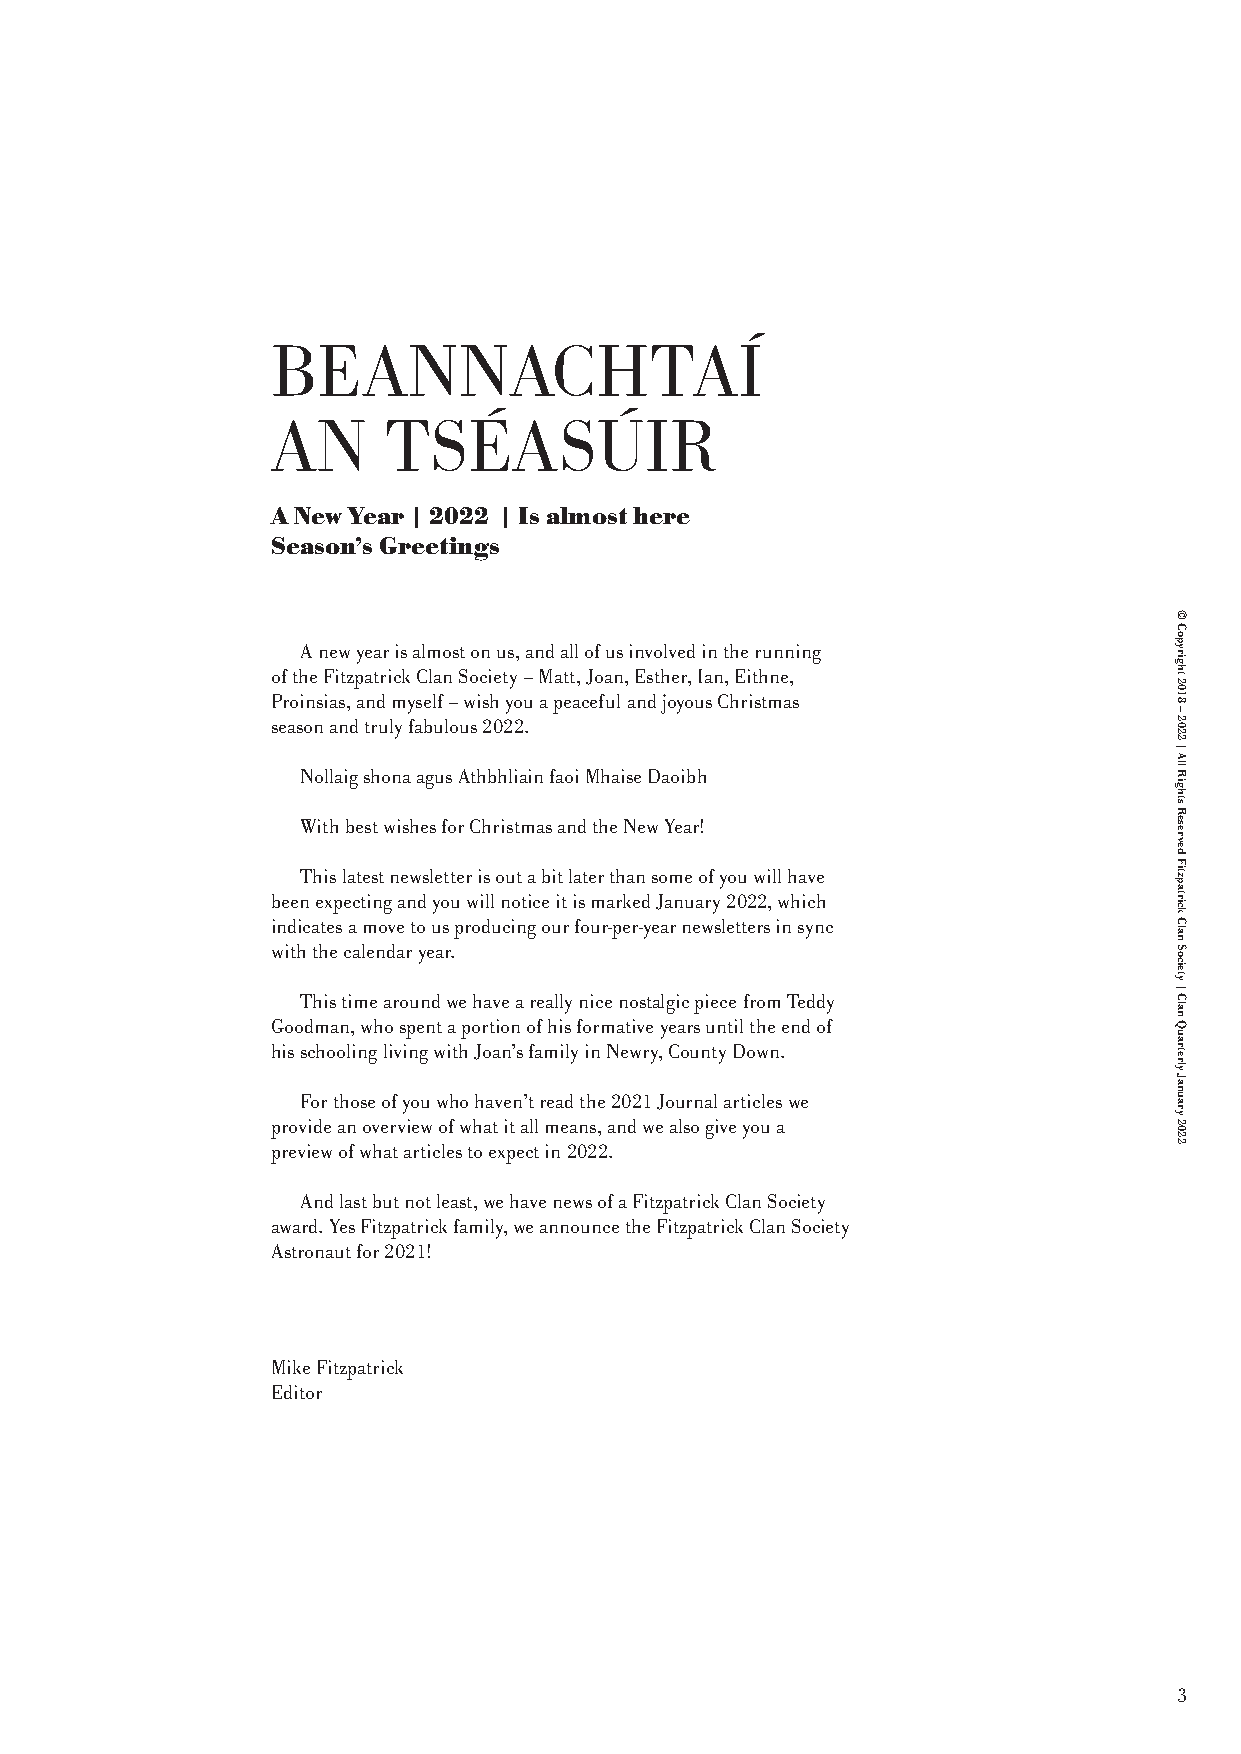
BEANNACHTAÍ
 AN      TSÉASÚIR
 A New Year | 2022 | Is almost here
 Season’s Greetings
 A new year is almost on us, and all of us involved in the running
 of the Fitzpatrick Clan Society – Matt, Joan, Esther, Ian, Eithne,
 Proinsias, and myself – wish you a peaceful and joyous Christmas
 season and truly fabulous 2022.
 Nollaig shona agus Athbhliain faoi Mhaise Daoibh
 With best wishes for Christmas and the New Year!
 This latest newsletter is out a bit later than some of you will have
 been expecting and you will notice it is marked January 2022, which
 indicates a move to us producing our four-per-year newsletters in sync
 with the calendar year.
 This time around we have a really nice nostalgic piece from Teddy
 Goodman, who spent a portion of his formative years until the end of
 his schooling living with Joan’s family in Newry, County Down.
 For those of you who haven’t read the 2021 Journal articles we
 provide an overview of what it all means, and we also give you a
 preview of what articles to expect in 2022.
 And last but not least, we have news of a Fitzpatrick Clan Society
 award. Yes Fitzpatrick family, we announce the Fitzpatrick Clan Society
 Astronaut for 2021!
 Mike Fitzpatrick
 Editor
 3
 ©
 Copyright
 2018
 –
 2022
 |
 All
 Rights
 Reserved
 Fitzpatrick
 Clan
 Society
 |
 Clan
 Quarterly
 January
 2022